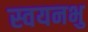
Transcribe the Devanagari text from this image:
स्वयनभु